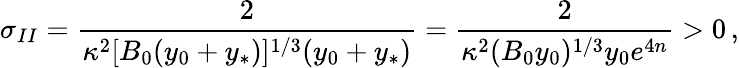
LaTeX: \sigma_{II}={\frac{2}{\kappa^{2}[B_{0}(y_{0}+y_{*})]^{1/3}(y_{0}+y_{*})}}={\frac{2}{\kappa^{2}(B_{0}y_{0})^{1/3}y_{0}e^{4n}}}>0\, ,